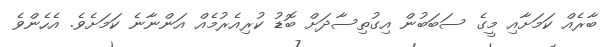
ބާރެއް ކަމަށާއި މީގެ ސަބަބުން އިގުތިސާދަށް ބޮޑު ކުރިއެރުމެއް އަންނާނެ ކަމަށެވެ. އެހެންވެ